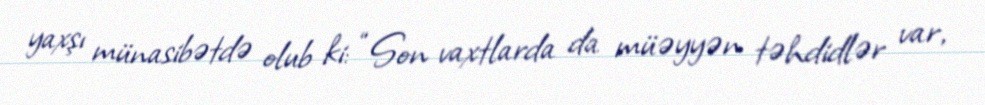
yaxşı münasibətdə olub ki: “Son vaxtlarda da müəyyən təhdidlər var,